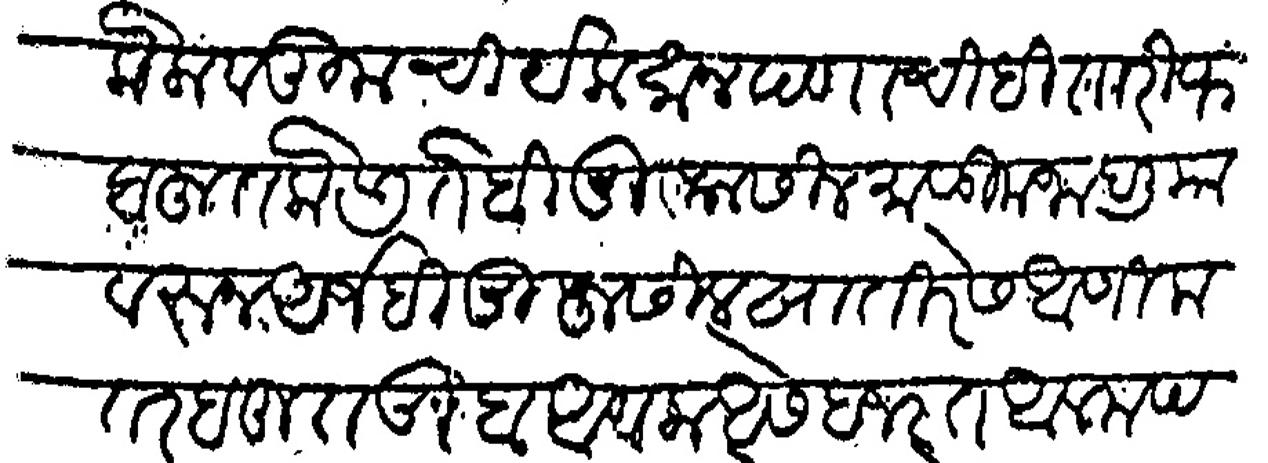
Transliteration (Devanagari): केला व तुमची येक सानपणाचीही तारीफ बहुत केली ते बी मुफसील माळीम जाहलीया वरून अर्जबी मुफसील खातरेस आणीला तर बहुत खूब आणीला असे हजरत आलम पन्हास